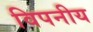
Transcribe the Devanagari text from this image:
विपनीय